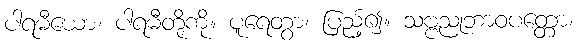
ပါရမီယော၊ ပါရမီတို့ကို။ ပူရေတွာ၊ ပြည့်၍။ သဗ္ဗညုဘာဝပတ္တော၊